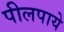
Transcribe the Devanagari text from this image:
पीलपाये